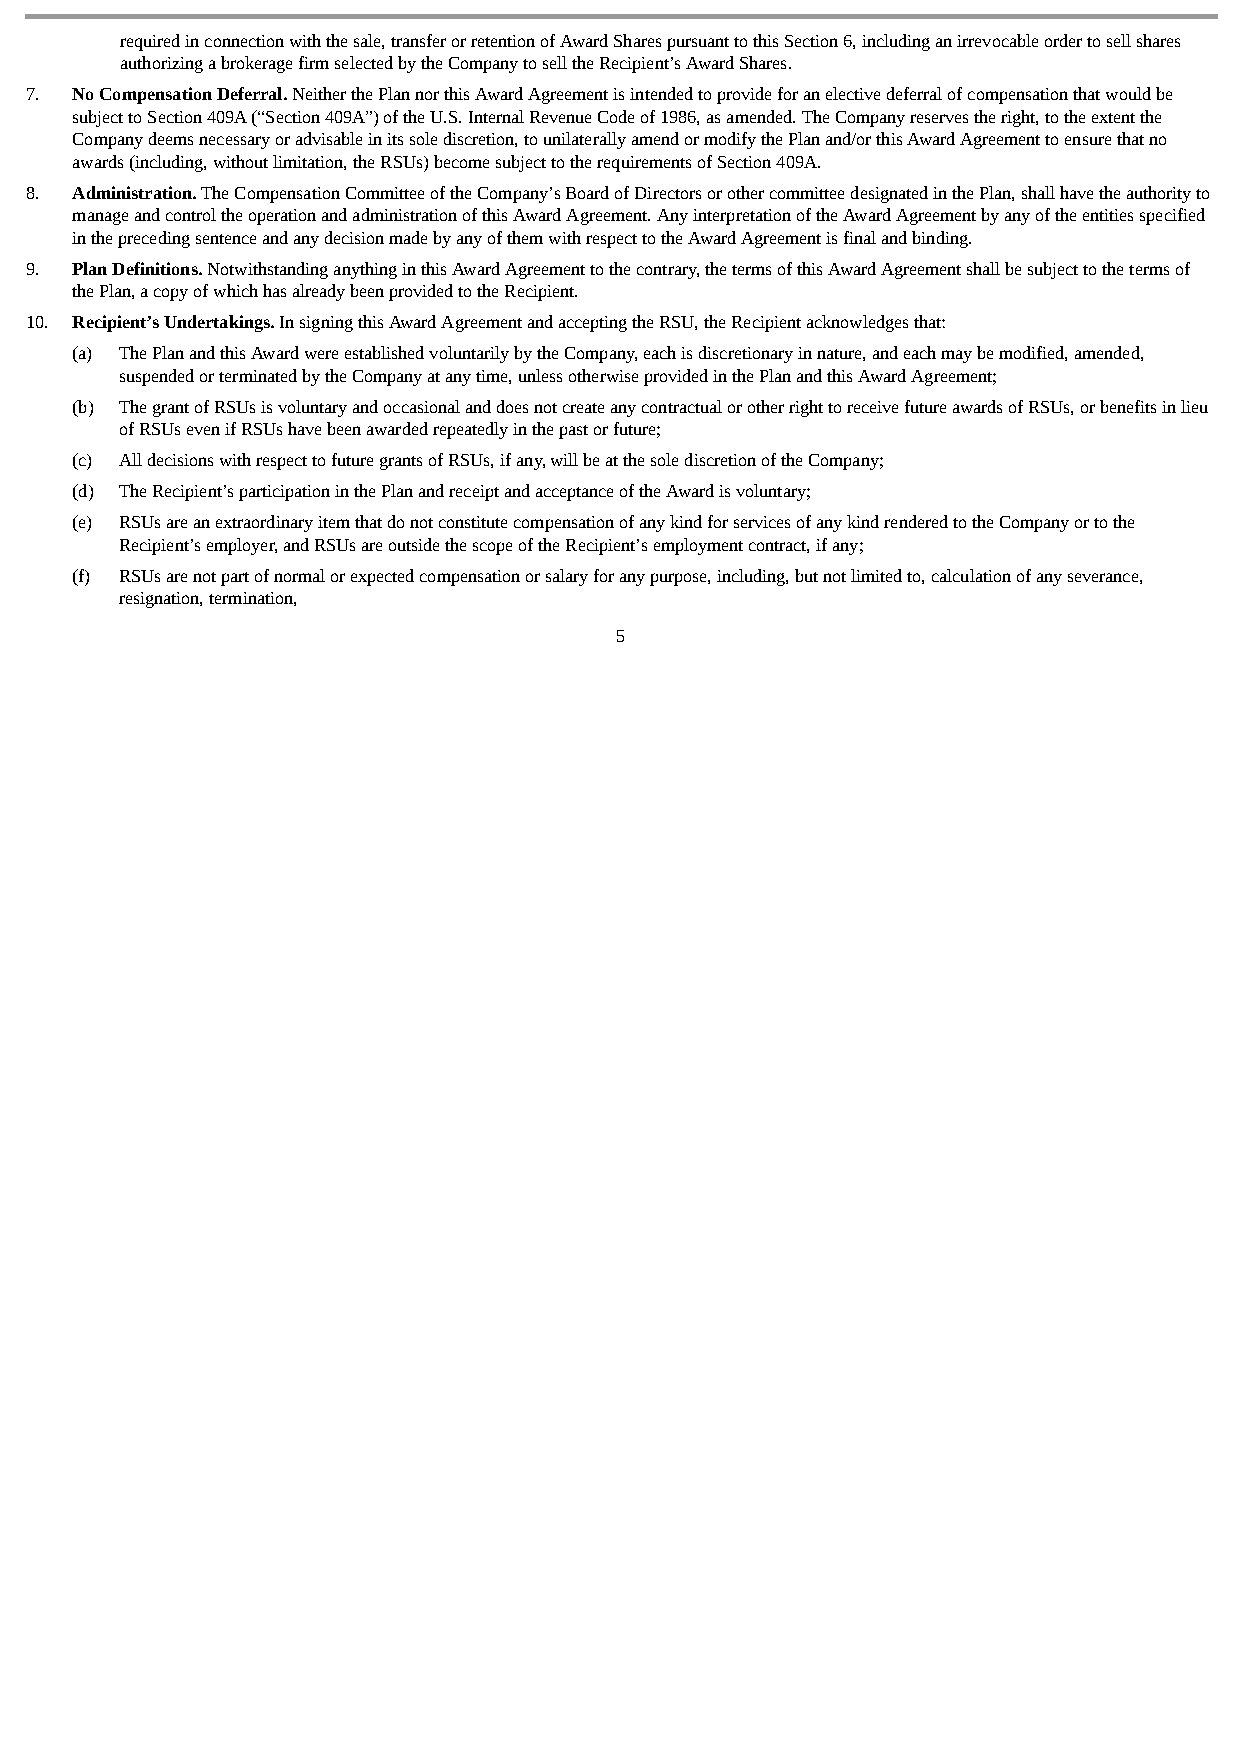
required in connection with the sale, transfer or retention of Award Shares pursuant to this Section 6, including an irrevocable order to sell shares
 authorizing a brokerage firm selected by the Company to sell the Recipient’s Award Shares.
 7. No Compensation Deferral. Neither the Plan nor this Award Agreement is intended to provide for an elective deferral of compensation that would be
 subject to Section 409A (“Section 409A”) of the U.S. Internal Revenue Code of 1986, as amended. The Company reserves the right, to the extent the
 Company deems necessary or advisable in its sole discretion, to unilaterally amend or modify the Plan and/or this Award Agreement to ensure that no
 awards (including, without limitation, the RSUs) become subject to the requirements of Section 409A.
 8. Administration. The Compensation Committee of the Company’s Board of Directors or other committee designated in the Plan, shall have the authority to
 manage and control the operation and administration of this Award Agreement. Any interpretation of the Award Agreement by any of the entities specified
 in the preceding sentence and any decision made by any of them with respect to the Award Agreement is final and binding.
 9. Plan Definitions. Notwithstanding anything in this Award Agreement to the contrary, the terms of this Award Agreement shall be subject to the terms of
 the Plan, a copy of which has already been provided to the Recipient.
 10. Recipient’s Undertakings. In signing this Award Agreement and accepting the RSU, the Recipient acknowledges that:
 (a) The Plan and this Award were established voluntarily by the Company, each is discretionary in nature, and each may be modified, amended,
 suspended or terminated by the Company at any time, unless otherwise provided in the Plan and this Award Agreement;
 (b) The grant of RSUs is voluntary and occasional and does not create any contractual or other right to receive future awards of RSUs, or benefits in lieu
 of RSUs even if RSUs have been awarded repeatedly in the past or future;
 (c) All decisions with respect to future grants of RSUs, if any, will be at the sole discretion of the Company;
 (d) The Recipient’s participation in the Plan and receipt and acceptance of the Award is voluntary;
 (e) RSUs are an extraordinary item that do not constitute compensation of any kind for services of any kind rendered to the Company or to the
 Recipient’s employer, and RSUs are outside the scope of the Recipient’s employment contract, if any;
 (f) RSUs are not part of normal or expected compensation or salary for any purpose, including, but not limited to, calculation of any severance,
 resignation, termination,
 5